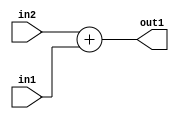
`timescale 1ps / 1ps
/*****************************************************************************
    Verilog RTL Description
    
    
    Created by: CellMath Designer 2019.1.01 
*******************************************************************************/

module avg_pool_Add_32Ux32U_32U_4_0 (
	in2,
	in1,
	out1
	); /* architecture "behavioural" */ 
input [31:0] in2,
	in1;
output [31:0] out1;
wire [31:0] asc001;

assign asc001 = 
	+(in2)
	+(in1);

assign out1 = asc001;
endmodule

/* CADENCE  urj0SQo= : u9/ySgnWtBlWxVPRXgAZ4Og= ** DO NOT EDIT THIS LINE ******/